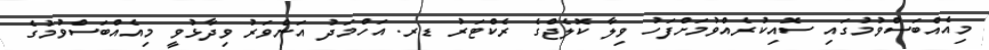
މިއެއްބަސްވުމުގައި ސޮއިކުރެއްވުމަށްފަހު ވިލާ ކޮލެޖްގެ ރެކްޓަރު ޑރ. އަހްމަދު އަންވަރު ވިދާޅުވީ މިއެއްބަސްވުމުގެ